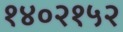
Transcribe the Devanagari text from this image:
१४०२१५२